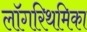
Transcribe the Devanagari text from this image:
लॉगरिथमिका